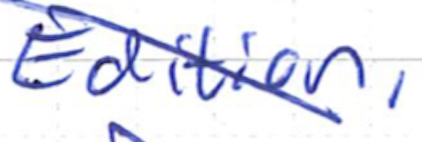
Text: Edition,
Cross-out: mix
Writing tool: ballpoint